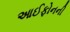
આઈફોનની